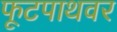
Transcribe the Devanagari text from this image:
फूटपाथवर